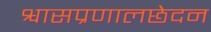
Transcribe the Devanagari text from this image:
श्वासप्रणालछेदन